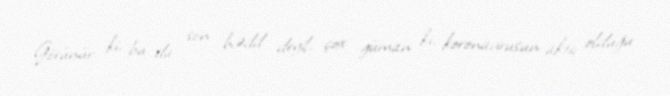
Görünür ki, bu da son hədd deyil, çox güman ki, koronavirusun aktiv olduğu